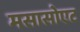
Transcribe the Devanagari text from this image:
मसासोएट